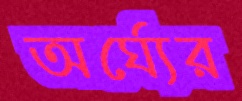
অর্ঘ্যের